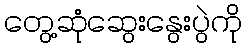
တွေ့ဆုံဆွေးနွေးပွဲကို